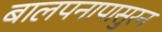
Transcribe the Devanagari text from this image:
बालपनापासुरन